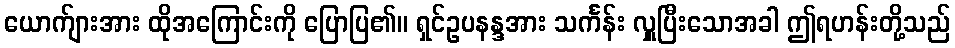
ယောက်ျားအား ထိုအကြောင်းကို ပြောပြ၏။ ရှင်ဥပနန္ဒအား သင်္ကန်း လှူပြီးသောအခါ ဤရဟန်းတို့သည်